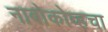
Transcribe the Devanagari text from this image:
नाबोकोव्हचा